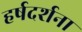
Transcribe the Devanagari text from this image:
हर्षदर्शना